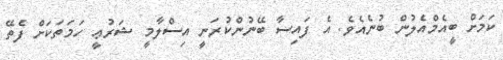
ކަމަށް ބީއެމްއެލުން ބުނެއެވެ. އެ ފައިސާ ބޭނުންކުރަނީ އިސްލާމީ ޝަރުޢީ ހަމަތަކަށް ފެތޭ